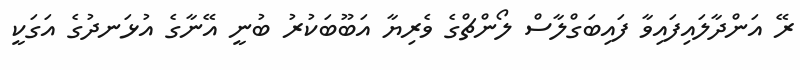
ރޭ އަންދާލައިފައިވާ ފައިބަގްލާސް ލޯންޗްގެ ވެރިޔާ އަބޫބަކުރު ބުނީ އޭނާގެ އުޅަނދުގެ އަގަކީ